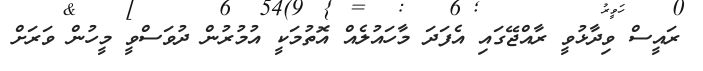
ރައީސް ވިދާޅުވީ ރާއްޖޭގައި އެފަަދަ މާހައުލެއް އޮތުމަކީ އުމުރުން ދުވަސްވީ މީހުން ވަރަށް